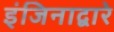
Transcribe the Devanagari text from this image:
इंजिनाद्वारे